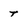
Character: t